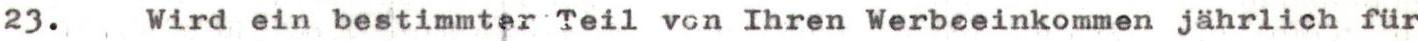
23. Wird ein bestimmter Teil vcn Ihren Werbeeinkommen jährlich für